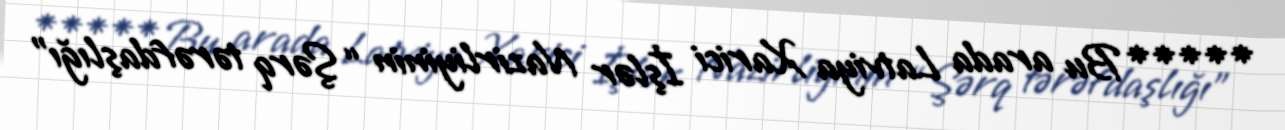
***** Bu arada Latviya Xarici İşlər Nazirliyinin “Şərq tərəfdaşlığı”